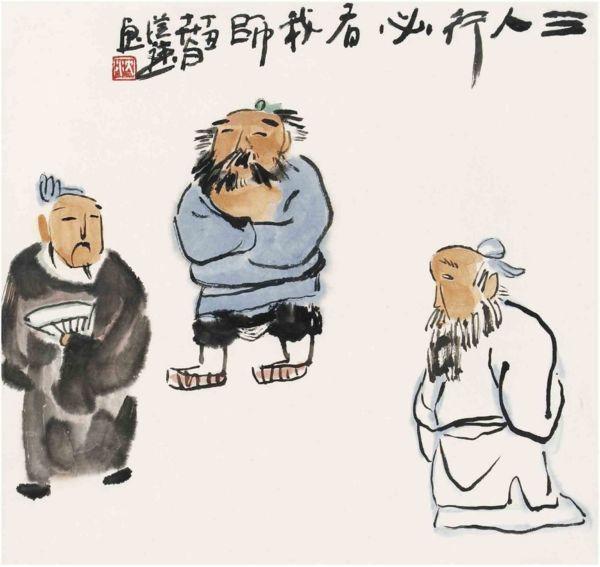
见贤思齐焉，见不贤而内自省也。